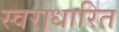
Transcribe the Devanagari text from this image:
स्वराधारित